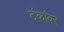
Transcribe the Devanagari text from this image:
टंकांवर